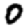
Digit: 0